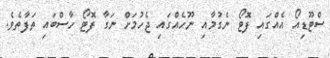
ސްޓޫޑިއޯ އެއްގައި ފޮޓޯ ނެގުމާއި ނޫހެއްގައި ޖެހުމަށް ނަގާ ފޮޓޯ ހާސްބައި ތަފާތެވެ.